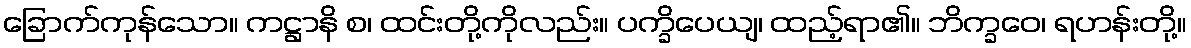
ခြောက်ကုန်သော။ ကဋ္ဌာနိ စ၊ ထင်းတို့ကိုလည်း။ ပက္ခိပေယျ၊ ထည့်ရာ၏။ ဘိက္ခဝေ၊ ရဟန်းတို့။